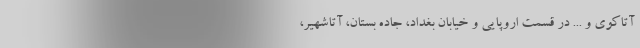
آتاکوی و ... در قسمت اروپایی و خیابان بغداد، جاده بستان، آتاشهیر،